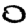
Digit: 0